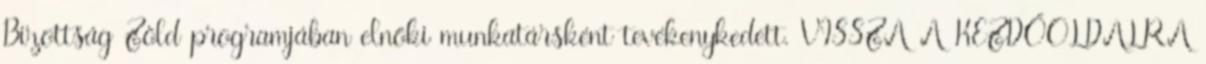
Bizottság Zöld programjában elnöki munkatársként tevékenykedett. VISSZA A KEZDŐOLDALRA